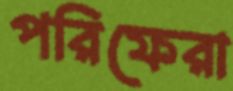
পরিফেরা